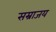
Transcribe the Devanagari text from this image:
सम्राजय